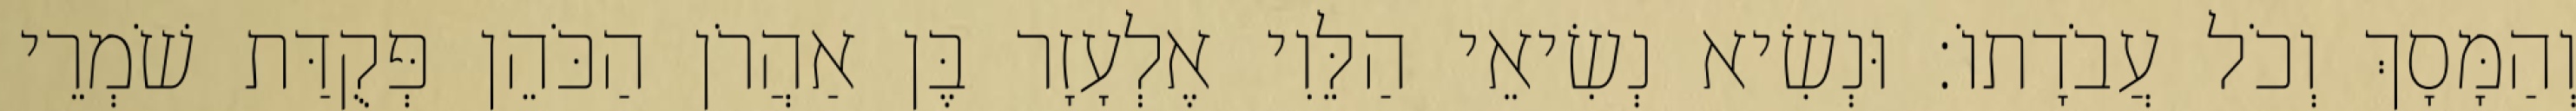
וְהַמָּסָךְ וְכֹל עֲבֹדָתוֹ׃ וּנְשִׂיא נְשִׂיאֵי הַלֵּוִי אֶלְעָזָר בֶּן אַהֲרֹן הַכֹּהֵן פְּקֻדַּת שֹׁמְרֵי